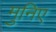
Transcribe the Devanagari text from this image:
मुनिए